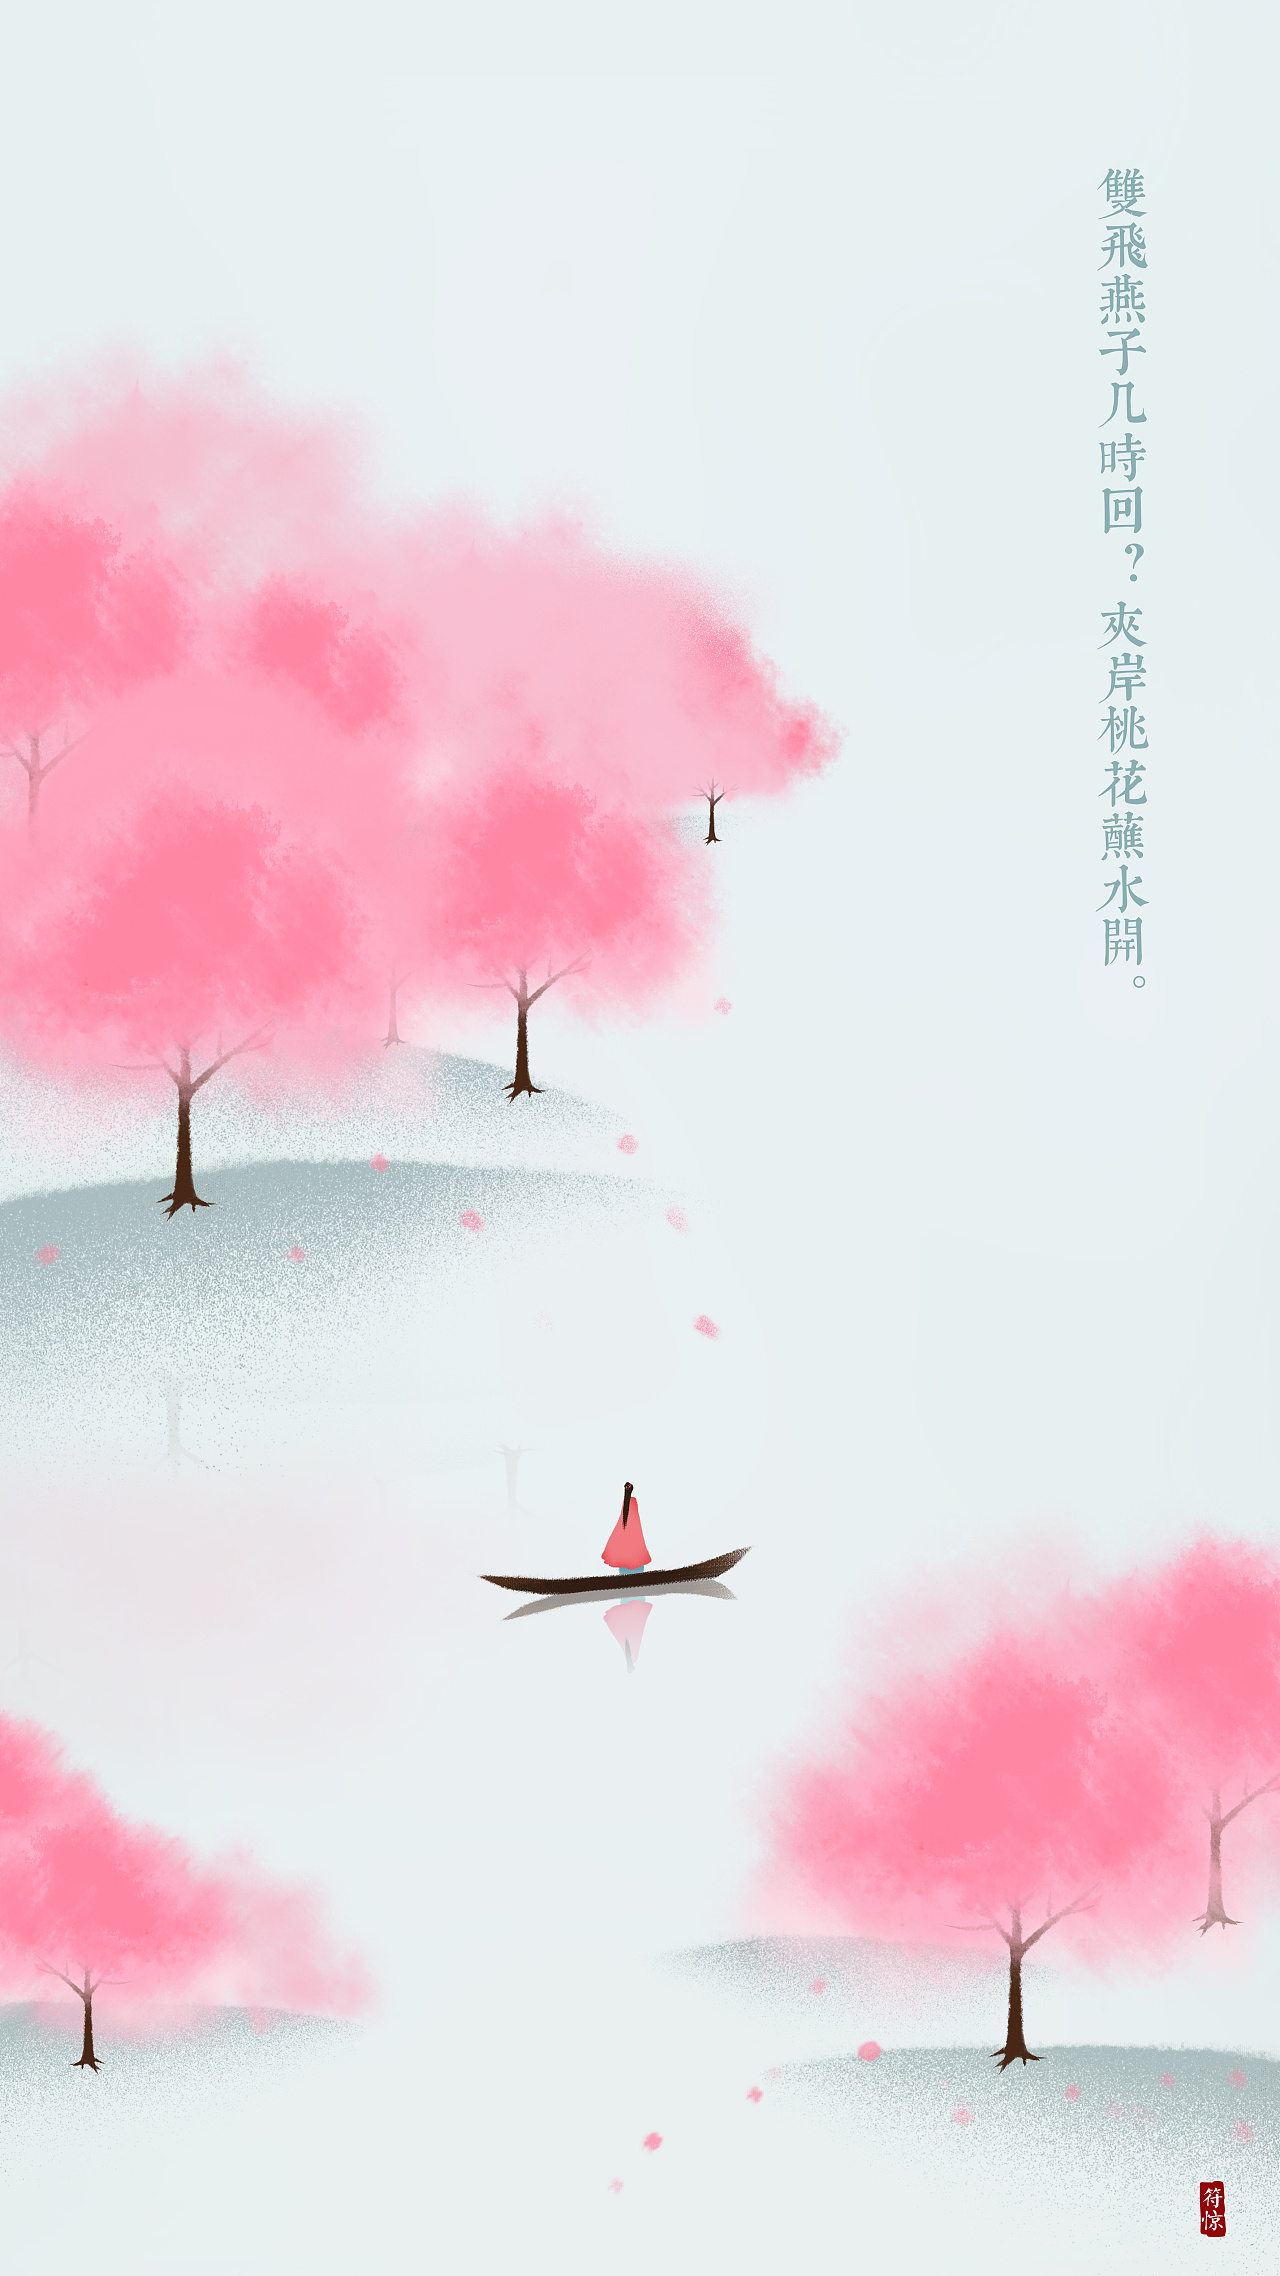
双飞燕子几时回？夹岸桃花蘸水开。